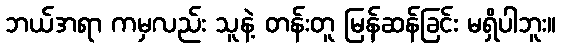
ဘယ်အရာ ကမှလည်း သူနဲ့ တန်းတူ မြန်ဆန်ခြင်း မရှိပါဘူး။